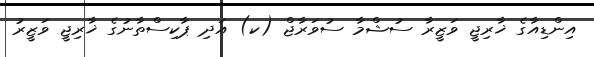
އިންޑިއާގެ ޚާރިޖީ ވަޒީރާ ސުޝްމާ ސުވަރާޖް (ކ) އަދި ޕާކިސްތާނުގެ ޚާރިޖީ ވަޒީރު